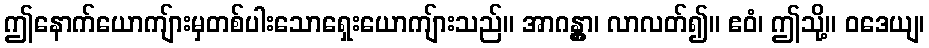
ဤနောက်ယောကျ်ားမှတစ်ပါးသောရှေးယောကျ်ားသည်။ အာဂန္တွာ၊ လာလတ်၍။ ဧဝံ၊ ဤသို့။ ဝဒေယျ၊